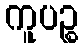
ကူပဉ္စ